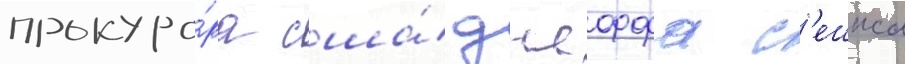
прокуро́ра сша́ джеффа с'ешнса